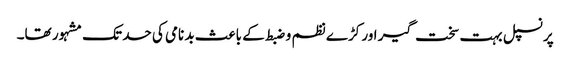
پرنسپل بہت سخت گیر اور کڑے نظم و ضبط کے باعث بد نامی کی حد تک مشہور تھا۔